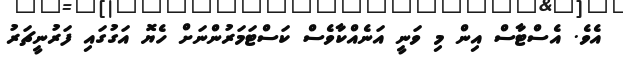
އެވެ. އެސްޓާސް އިން މި ވަނީ އަނެއްކާވެސް ކަސްޓަމަރުންނަށް ހެޔޮ އަގުގައި ފަރުނީޗަރު